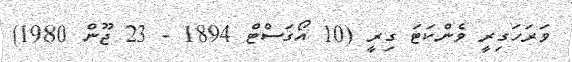
ވަރަހަގިރީ ވެންކަޓަ ގިރީ (10 އޯގަސްޓް 1894 - 23 ޖޫން 1980)